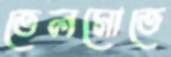
তেলমোতে